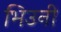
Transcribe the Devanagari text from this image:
भिउनी